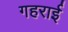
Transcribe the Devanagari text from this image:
गहरार्इ